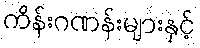
ကိန်းဂဏန်းများနှင့်